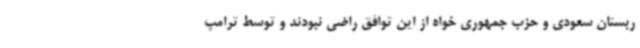
ربستان سعودی و حزب جمهوری خواه از این توافق راضی نبودند و توسط ترامپ